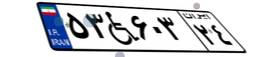
۰۲W۱۶۳۹۶